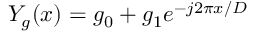
Y _ { g } ( x ) = g _ { \mathrm { 0 } } + g _ { \mathrm { 1 } } e ^ { - j 2 \pi x / D }